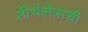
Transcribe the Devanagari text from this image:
तीर्थक्षेत्राची